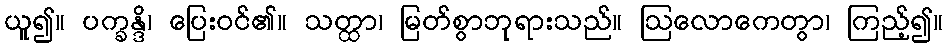
ယူ၍။ ပက္ခန္ဒိ၊ ပြေးဝင်၏။ သတ္ထာ၊ မြတ်စွာဘုရားသည်။ ဩလောကေတွာ၊ ကြည့်၍။